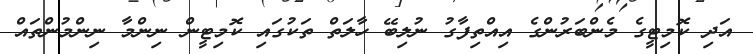
އަދި ކޮމިޓީގެ މެންބަރުންގެ އިއްތިފާގު ނުލިބޭ ހާލަތް ތަކުގައި ކޮމިޓީން ނިންމާ ނިންމުންތައް